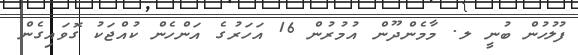
ފުލުހުން ބުނީ ލ. މާމެންދޫން އުމުރުން 16 އަހަރުގެ އަންހެން ކުއްޖަކު ގޮވައިގެން